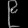
Digit: ၉